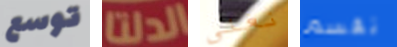
توسع الدلتا نغني تقسم